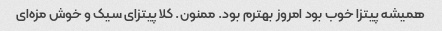
همیشه پیتزا خوب بود امروز بهترم بود. ممنون. کلا پیتزای سیک و خوش مزه‌ای